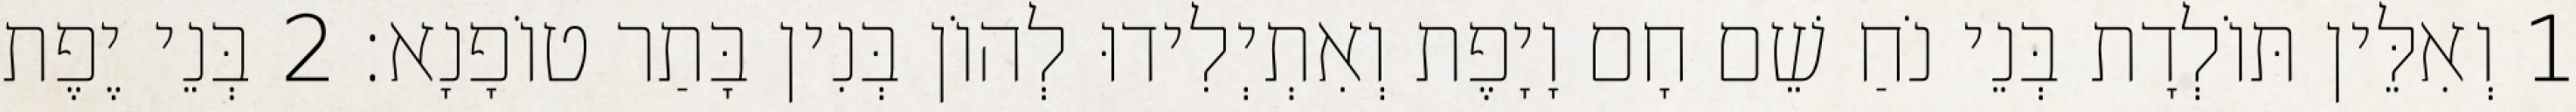
1 וְאִלֵּין תּוֹלְדָת בְּנֵי נֹחַ שֵׁם חָם וָיָפֶת וְאִתְיְלִידוּ לְהוֹן בְּנִין בָּתַר טוֹפָנָא׃ 2 בְּנֵי יֶפֶת